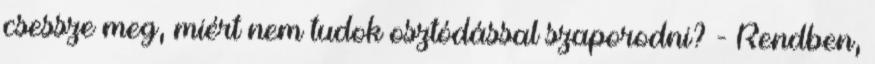
csessze meg, miért nem tudok osztódással szaporodni? - Rendben,